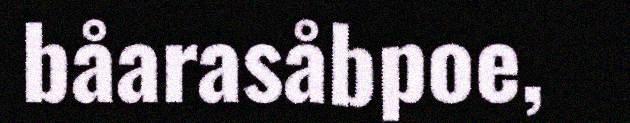
båarasåbpoe,